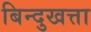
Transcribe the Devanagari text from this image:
बिन्दुखत्ता